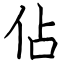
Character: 佔